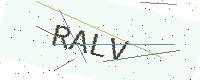
Text: RALV